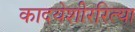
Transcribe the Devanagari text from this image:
कादयेशीररित्या